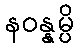
နဝန္နမ္ပိ